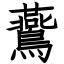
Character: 鷰